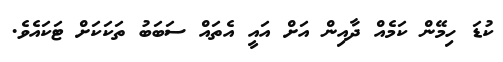
ކުޑަ ހިމޭން ކަމެއް ދާއިން އަށް އައީ އެތައް ސަބަބު ތަކަކަށް ޓަކައެވެ.